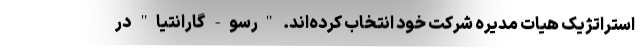
استراتژیک هیات مدیره شرکت خود انتخاب کرده‌اند. "رسو- گارانتیا" در